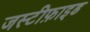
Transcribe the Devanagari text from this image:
जस्टीफ़ाइड